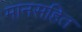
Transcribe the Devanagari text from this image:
मानसहित